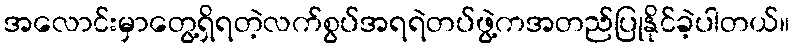
အလောင်းမှာတွေ့ရှိရတဲ့လက်စွပ်အရရဲတပ်ဖွဲ့ကအတည်ပြုနိုင်ခဲ့ပါတယ်။